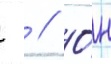
  // О́н